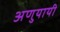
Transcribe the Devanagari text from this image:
अणुयायी